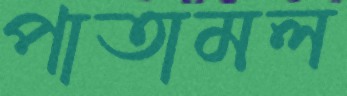
পাতামল